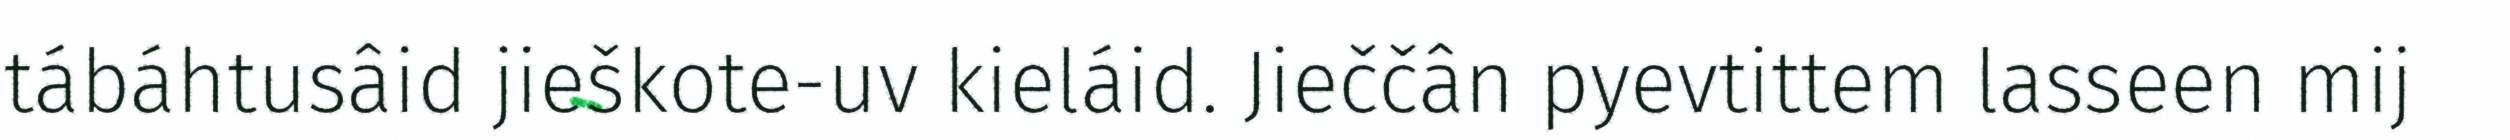
tábáhtusâid jieškote-uv kieláid. Jieččân pyevtittem lasseen mij